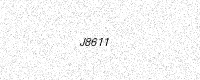
Text: J8611